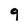
Character: 9